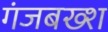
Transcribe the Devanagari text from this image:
गंजबख्श